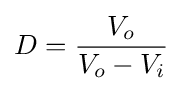
D={\frac {V_{o}}{V_{o}-V_{i}}}